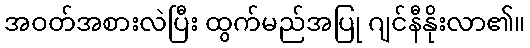
အဝတ်အစားလဲပြီး ထွက်မည်အပြု ဂျင်နီနိုးလာ၏။